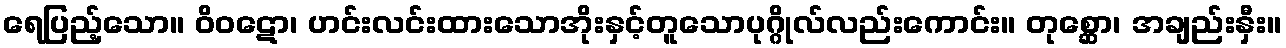
ရေပြည့်သော။ ဝိဝဋော၊ ဟင်းလင်းထားသောအိုးနှင့်တူသောပုဂ္ဂိုလ်လည်းကောင်း။ တုစ္ဆော၊ အချည်းနှီး။